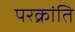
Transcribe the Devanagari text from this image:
परक्रांति